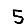
Digit: 5